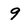
Character: 9